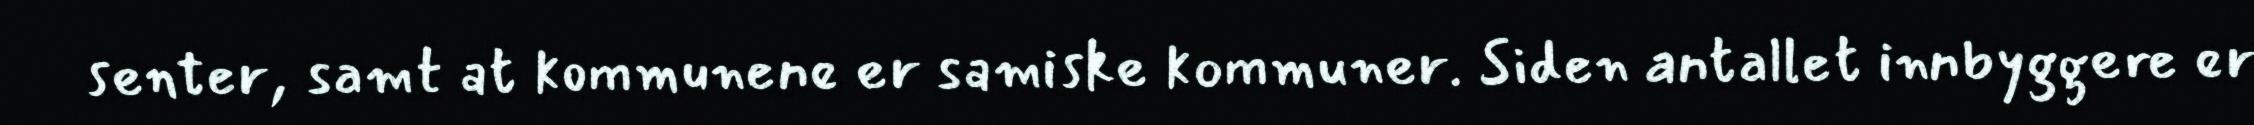
senter, samt at kommunene er samiske kommuner. Siden antallet innbyggere er